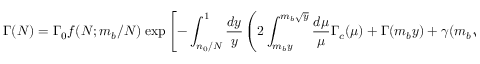
\Gamma ( N ) = \Gamma _ { 0 } f ( N ; m _ { b } / N ) \; \mathrm { e x p } \left[ - \int _ { n _ { 0 } / N } ^ { 1 } { \frac { d y } { y } } \left( 2 \int _ { m _ { b } y } ^ { m _ { b } \sqrt { y } } { \frac { d \mu } { \mu } } \Gamma _ { c } ( \mu ) + \Gamma ( m _ { b } y ) + \gamma ( m _ { b } \sqrt { y } ) \right) \right] \, ,